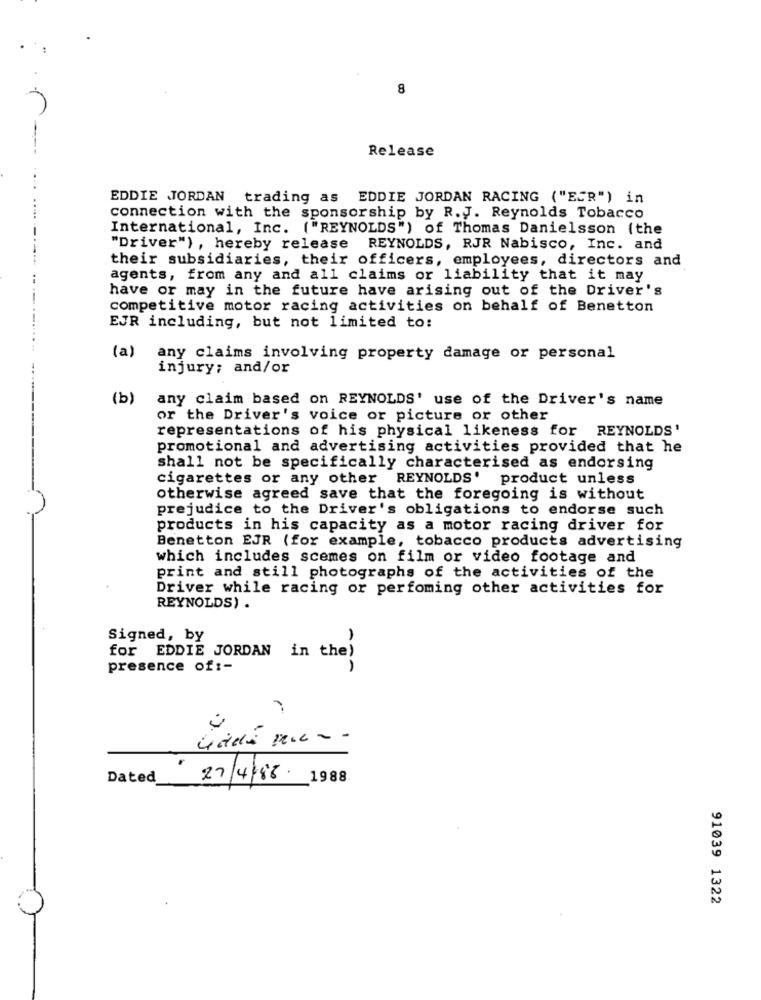
8
Release
EDDIE JORDAN trading as EDDIE JORDAN RACING ("ECR") in
connection with the sponsorship by R. J. Reynolds Tobacco
International, Inc. ("REYNOLDS") of Thomas Danielsson (the
"Driver") , hereby release REYNOLDS, RJR Nabisco, Inc. and
their subsidiaries, their officers, employees, directors and
agents, from any and all claims or liability that it may
have or may in the future have arising out of the Driver's
competitive motor racing activities on behalf of Benetton
EJR including, but not limited to:
(a)
any claims involving property damage or personal
injury; and/or
(b)
any claim based on REYNOLDS' use of the Driver's name
or the Driver's voice or picture or other
representations of his physical likeness for REYNOLDS'
promotional and advertising activities provided that he
shall not be specifically characterised as endorsing
cigarettes or any other REYNOLDS' product unless
otherwise agreed save that the foregoing is without
prejudice to the Driver's obligations to endorse such
products in his capacity as a motor racing driver for
Benetton EJR (for example, tobacco products advertising
which includes scemes on film or video footage and
print and still photographs of the activities of the
Driver while racing or perfoming other activities for
REYNOLDS) .
Signed, by
for EDDIE JORDAN in the)
presence of :-
Dated
27/4/88.
1988
91039 1322